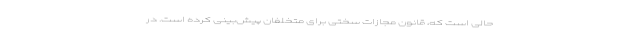
حالی است که، قانون مجازات سختی برای متخلفان پیش‌بینی کرده است. در